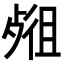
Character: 𣨖